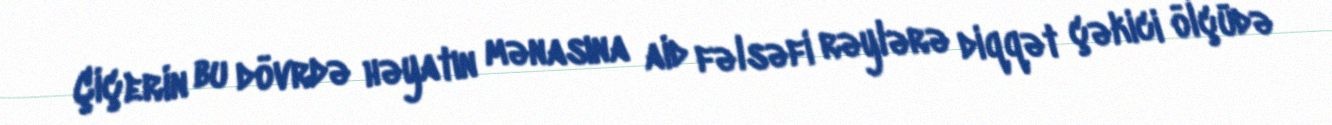
Çiçerin bu dövrdə həyatın mənasına aid fəlsəfi rəylərə diqqət çəkici ölçüdə